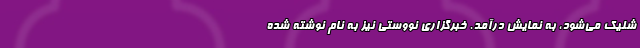
شلیک می‌شود، به نمایش درآمد. خبرگزاری نووستی نیز به نام نوشته شده